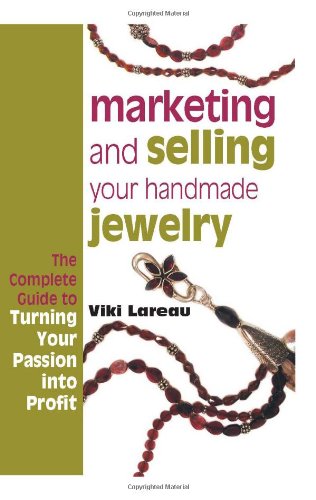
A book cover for Marketing and Selling Your Handmade Jewelry; Viki Lareau; Arts & Photography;